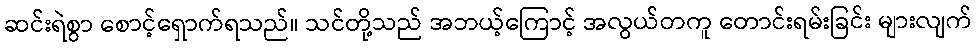
ဆင်းရဲစွာ စောင့်ရှောက်ရသည်။ သင်တို့သည် အဘယ့်ကြောင့် အလွယ်တကူ တောင်းရမ်းခြင်း များလျက်